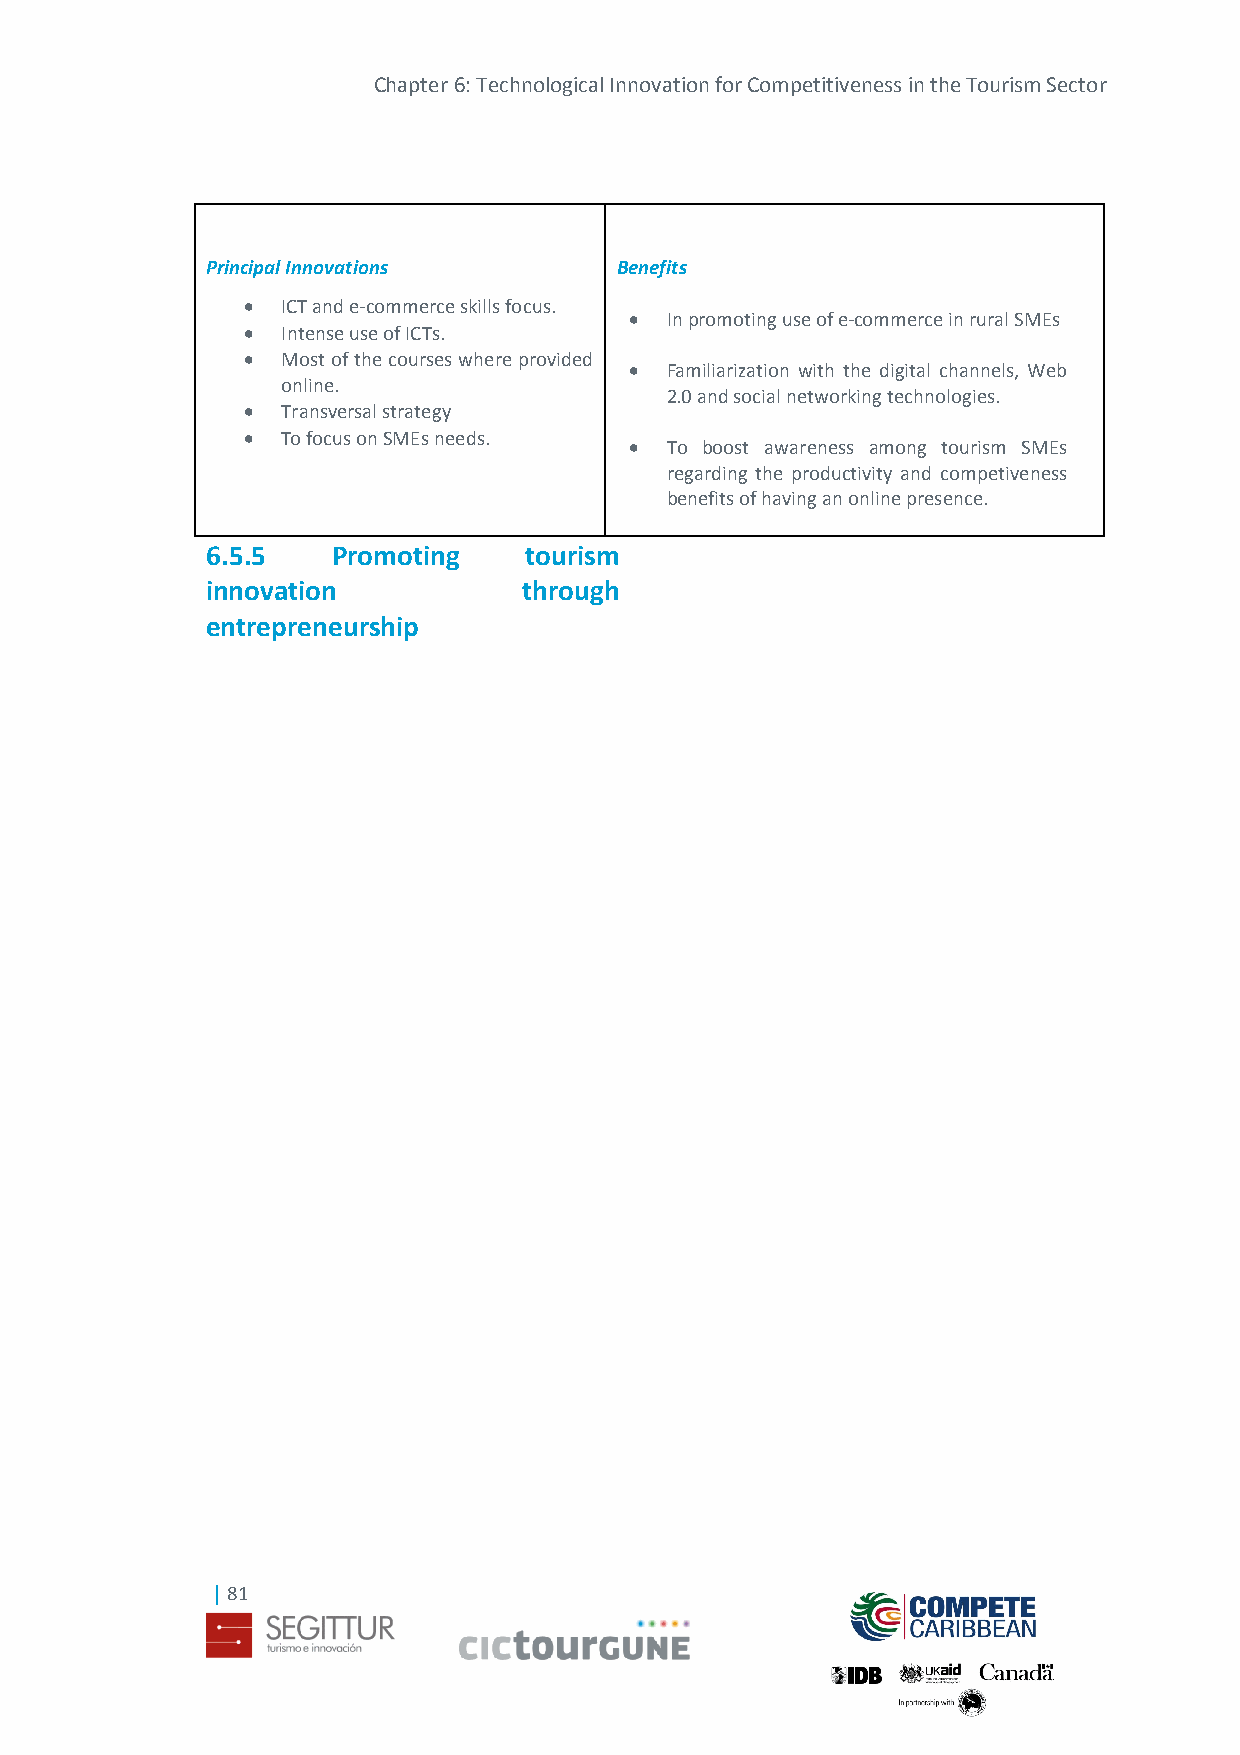
Chapter 6: Technological Innovation for Competitiveness in the Tourism Sector
 Principal Innovations      Benefits
   ICT and e-commerce skills focus.
  In promoting use of e-commerce in rural SMEs
   Intense use of ICTs.
   Most of the courses where provided
  Familiarization with the digital channels, Web
 online.
 2.0 and social networking technologies.
   Transversal strategy
   To focus on SMEs needs.
  To boost awareness among tourism SMEs
 regarding the productivity and competiveness
 benefits of having an online presence.
 6.5.5   Promoting    tourism
 innovation           through
 entrepreneurship
 | 81